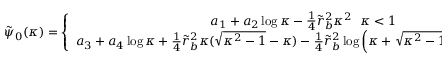
\begin{array} { r } { \tilde { \psi } _ { 0 } ( \kappa ) = \left\{ \begin{array} { c } { a _ { 1 } + a _ { 2 } \log \kappa - \frac { 1 } { 4 } \tilde { r } _ { b } ^ { 2 } \kappa ^ { 2 } ~ ~ \kappa < 1 } \\ { a _ { 3 } + a _ { 4 } \log \kappa + \frac { 1 } { 4 } \tilde { r } _ { b } ^ { 2 } \kappa ( \sqrt { \kappa ^ { 2 } - 1 } - \kappa ) - \frac { 1 } { 4 } \tilde { r } _ { b } ^ { 2 } \log \left( \kappa + \sqrt { \kappa ^ { 2 } - 1 } \right) ~ ~ 1 < \kappa \ll \infty } \end{array} \right. , } \end{array}